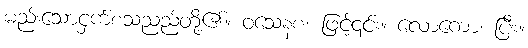
မည်းသောငှက်စသညည်တို့၏။ ဝသေနစ၊ ဖြင့်၎င်း။ လောကော၊ ပြီး။